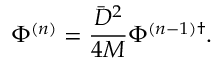
\Phi ^ { ( n ) } = \frac { \bar { D } ^ { 2 } } { 4 M } \Phi ^ { ( n - 1 ) \dagger } .